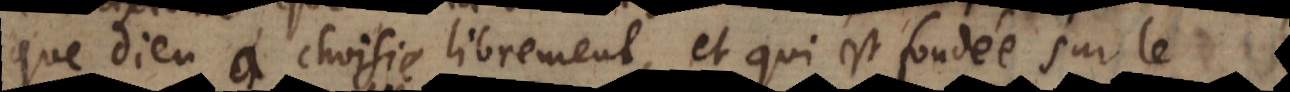
que Dieu a choisie librement, et qui est fondée sur le